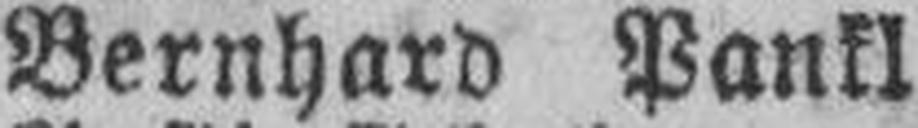
Bernhard Pankl